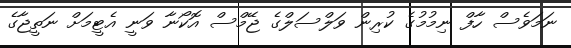
ނަމަވެސް ހާފް ނިމުމުގެ ކުރިން ވަލްސަލްގެ ޖޭމްސް އޮކޯނާ ވަނީ އެޓީމަށް ނަތީޖާގެ